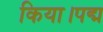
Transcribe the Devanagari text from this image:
किया।पद्म